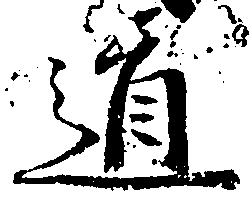
道